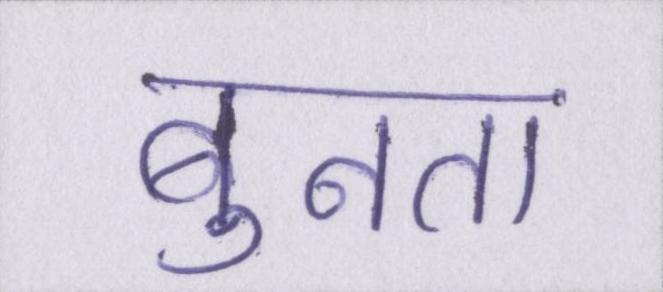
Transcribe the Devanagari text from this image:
बुनता